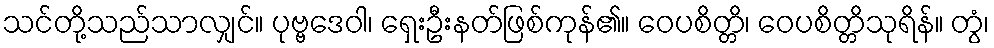
သင်တို့သည်သာလျှင်။ ပုဗ္ဗဒေဝါ၊ ရှေးဦးနတ်ဖြစ်ကုန်၏။ ဝေပစိတ္တိ၊ ဝေပစိတ္တိသုရိန်။ တွံ၊